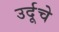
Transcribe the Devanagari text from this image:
उर्दूचे